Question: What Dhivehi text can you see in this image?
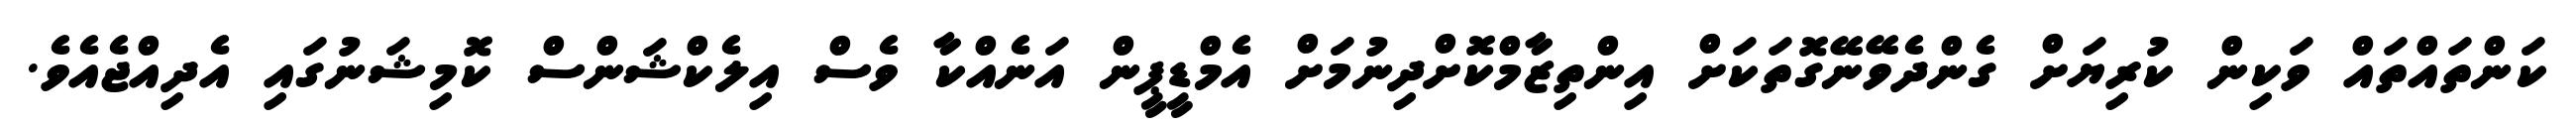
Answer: ކަންތައްތައް ވަކިން ކުރިޔަށް ގެންދެވޭނޭގޮތަކަށް އިންތިޒާމްކޮށްދިނުމަށް އެމްޑީޕީން އަނެއްކާ ވެސް އިލެކްޝަންސް ކޮމިޝަނުގައި އެދިއްޖެއެވެ.